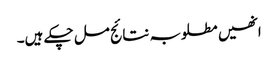
انھیں مطلوبہ نتائج مل چکے ہیں۔